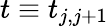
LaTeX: t\equiv t_{j,j+1}